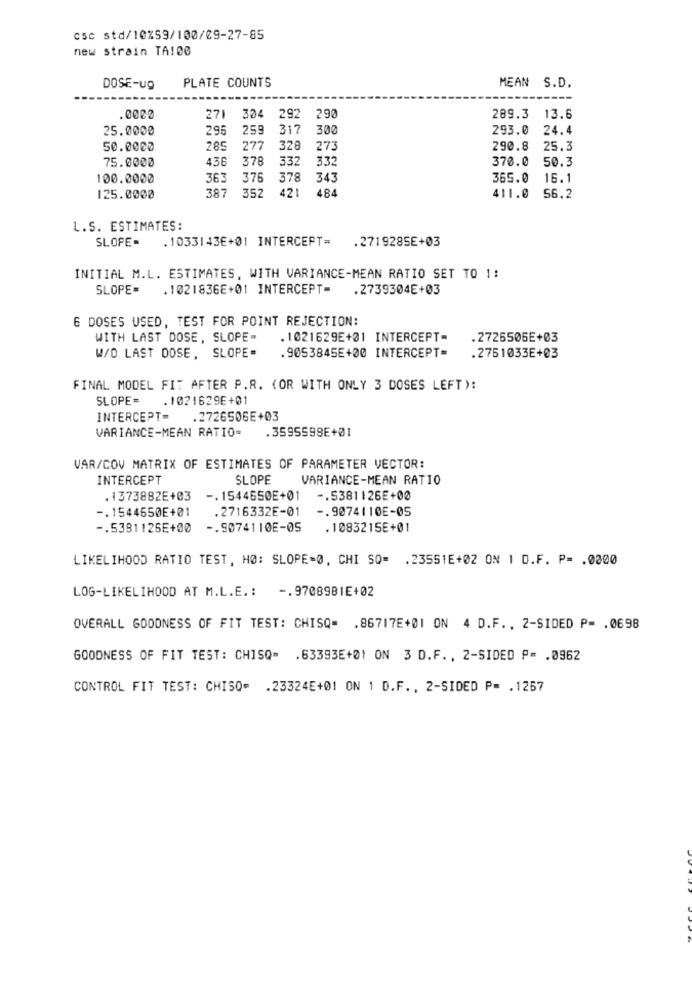
csc std/10%59/100/09-27-85
new strain TA108
PLATE COUNTS
DOSE-ug
MEAN S.D.
.0002
271
334
292 290
289.3 13.6
25.0000
29
259
317
300
293.0
24.4
50.0000
285
277
328
273
290.8
25.3
75.0000
436
378
332
332
370.0
50.3
100.0000
363
376
378
343
365.0
16.1
38.
352
421
484
125.0000
411.0
56.2
L.S. ESTIMATES:
SLOPE. . 1033143E+01 INTERCEPT=
.2719285E+03
INITIAL M.L. ESTIMATES, WITH VARIANCE-MEAN RATIO SET TO 1:
SLOPE=
. 1021836E+01 INTERCEPT-
.2739304E+03
6 DOSES USED, TEST FOR POINT REJECTION:
WITH LAST DOSE, SLOPE-
. 1021629E+01 INTERCEPT-
.2726505E+03
. 9053845E+00 INTERCEPT=
W/O LAST DOSE, SLOPE-
.2751033E+03
FINAL MODEL FIT AFTER P.R. (OR WITH ONLY 3 DOSES LEFT ):
SLOPE=
. 1021629E+01
INTERCEPT=
.2726506E+03
VARIANCE-MEAN RATIO=
.3595598E+01
VAR/COV MATRIX OF ESTIMATES OF PARAMETER VECTOR:
INTERCEPT
SLOPE
VARIANCE-MEAN RATIO
. 1373882E+03
-. 1544650E+01 -. 5381126E+00
-. 1544650E+01
.2716332E-01
-. 9074110E-05
-. 5381126E+00
-. 9074110E-05
. 1083215E+01
LIKELIHOOD RATIO TEST, HØ: SLOPE=0, CHI SO= . 23551E+02 ON 1 D.F. P= . 0000
LOG-LIKELIHOOD AT M.L.E .: -. 9708981E+02
OVERALL GOODNESS OF FIT TEST: CHISQ= . 86717E+01 ON 4 D.F. , 2-SIDED P= . 0698
GOODNESS OF FIT TEST: CHISQ= . 63393E+01 ON 3 D.F. , 2-SIDED P= . 0962
CONTROL FIT TEST: CHISO= . 23324E+01 ON 1 D.F ., 2-SIDED P= . 1267